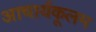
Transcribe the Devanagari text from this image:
आचार्यकूलम